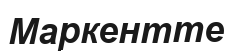
Маркентте